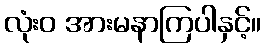
လုံးဝ အားမနာကြပါနှင့်။